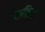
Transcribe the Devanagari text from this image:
साक्षिगत